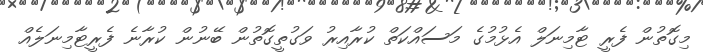
މިގޮތުން ފެރީ ޓާމިނަލް އެޅުމުގެ މަސައްކަތް ކުރާއިރު ވަގުތީގޮތުން ބޭނުން ކުރާނެ ފެރީޓާމިނަލެއް